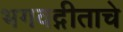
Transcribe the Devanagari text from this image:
भगवद्गीताचे